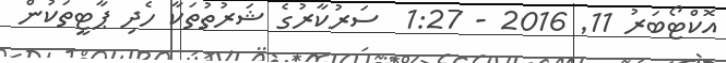
އޮކްޓޯބަރު 11